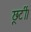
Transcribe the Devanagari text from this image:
छूटीं।